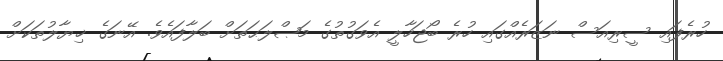
ހުރެފައި ސީރިއަސް ނަޒަރެއްގައި ހުރެ ބޯޖަހާލީ އެވަގުތުގެ މަޞްލަޙަތަށް ބަލާފައެވެ. އޭނަގެ ޚިޔާލުތަކަށް